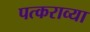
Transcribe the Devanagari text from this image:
पत्कराव्या